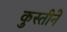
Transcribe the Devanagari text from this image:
कुस्तीने